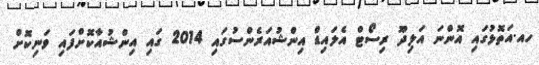
ހއ.އަތޮޅުގައި އޮންނަ އަލިދޫ ރިސޯޓް އެލައިޑް އިންޝުއަރެންސުގައި 2014 ގައި އިންޝުއާކޮށްފައި ވަނިކޮށް